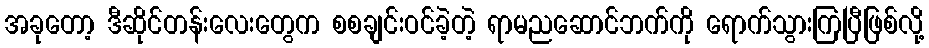
အခုတော့ ဒီဆိုင်တန်းလေးတွေက စစချင်းဝင်ခဲ့တဲ့ ရာမညဆောင်ဘက်ကို ရောက်သွားကြပြီဖြစ်လို့